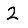
Digit: 2